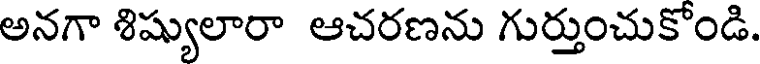
అనగా శిష్యులారా ఆచరణను గుర్తుంచుకోండి.